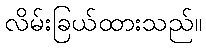
လိမ်းခြယ်ထားသည်။